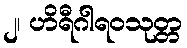
၂၊ ဟိရီဂါရဝသုတ္တ